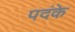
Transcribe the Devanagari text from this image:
पदंके